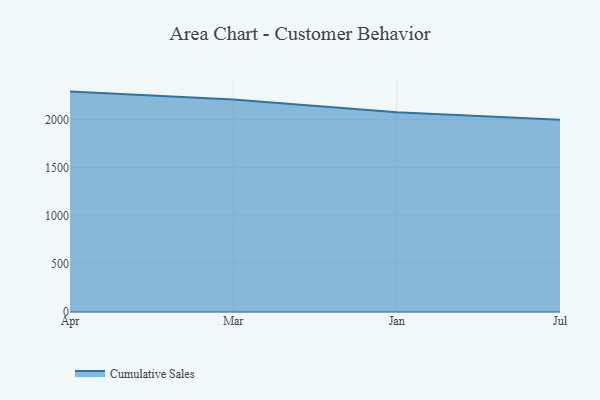
{"axis": {"x": "Month", "y": "Gross Profit (USD K)"}, "legend": ["Cumulative Sales"], "data": [{"x": "Apr", "y": 2291.1, "type": "Cumulative Sales"}, {"x": "Mar", "y": 2208.0, "type": "Cumulative Sales"}, {"x": "Jan", "y": 2077.7, "type": "Cumulative Sales"}, {"x": "Jul", "y": 1998.7, "type": "Cumulative Sales"}]}